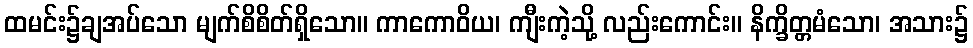
ထမင်း၌ချအပ်သော မျက်စိစိတ်ရှိသော။ ကာကောဝိယ၊ ကျီးကဲ့သို့ လည်းကောင်း။ နိက္ခိတ္တမံသော၊ အသား၌